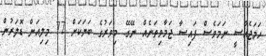
ހަމަޖެއްސީ ނަމަވެސް ފައިސާ ޖަމާވިތަނެއް ނޭގޭ. މިވަރުގެ ބަޔަކަށް 77 މިލިއަން ޑޮލަރުން